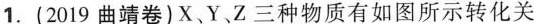
1.(2019曲靖卷)X、Y 、Z三种物质有如图所示转化关